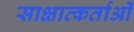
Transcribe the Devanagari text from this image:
साक्षात्कर्ताओं